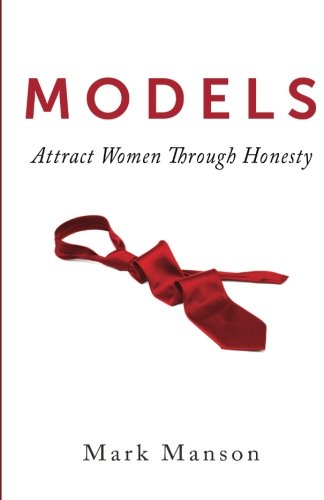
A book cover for Models: Attract Women Through  Honesty; Mark Manson; Self-Help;